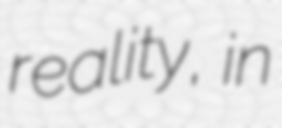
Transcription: reality, in